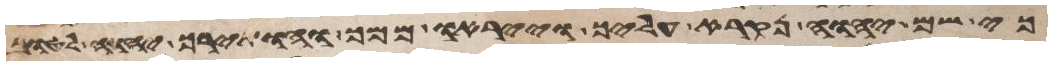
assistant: כי שם יהוה נקרא עליך וייראו ממך והותירך יהוה